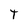
Character: T